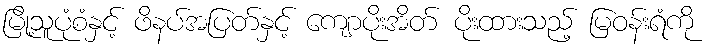
မြို့သူပုံစံနှင့် ဖိနပ်အပြတ်နှင့် ကျောပိုးအိတ် ပိုးထားသည့် မြဝန်းရံကို